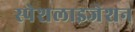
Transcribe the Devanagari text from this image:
स्पेशलाइजेशन